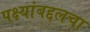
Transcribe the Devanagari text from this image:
पक्ष्यांबद्दलचा